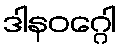
ဒါနဝဂ္ဂေါ